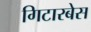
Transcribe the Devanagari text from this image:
गिटारबेस